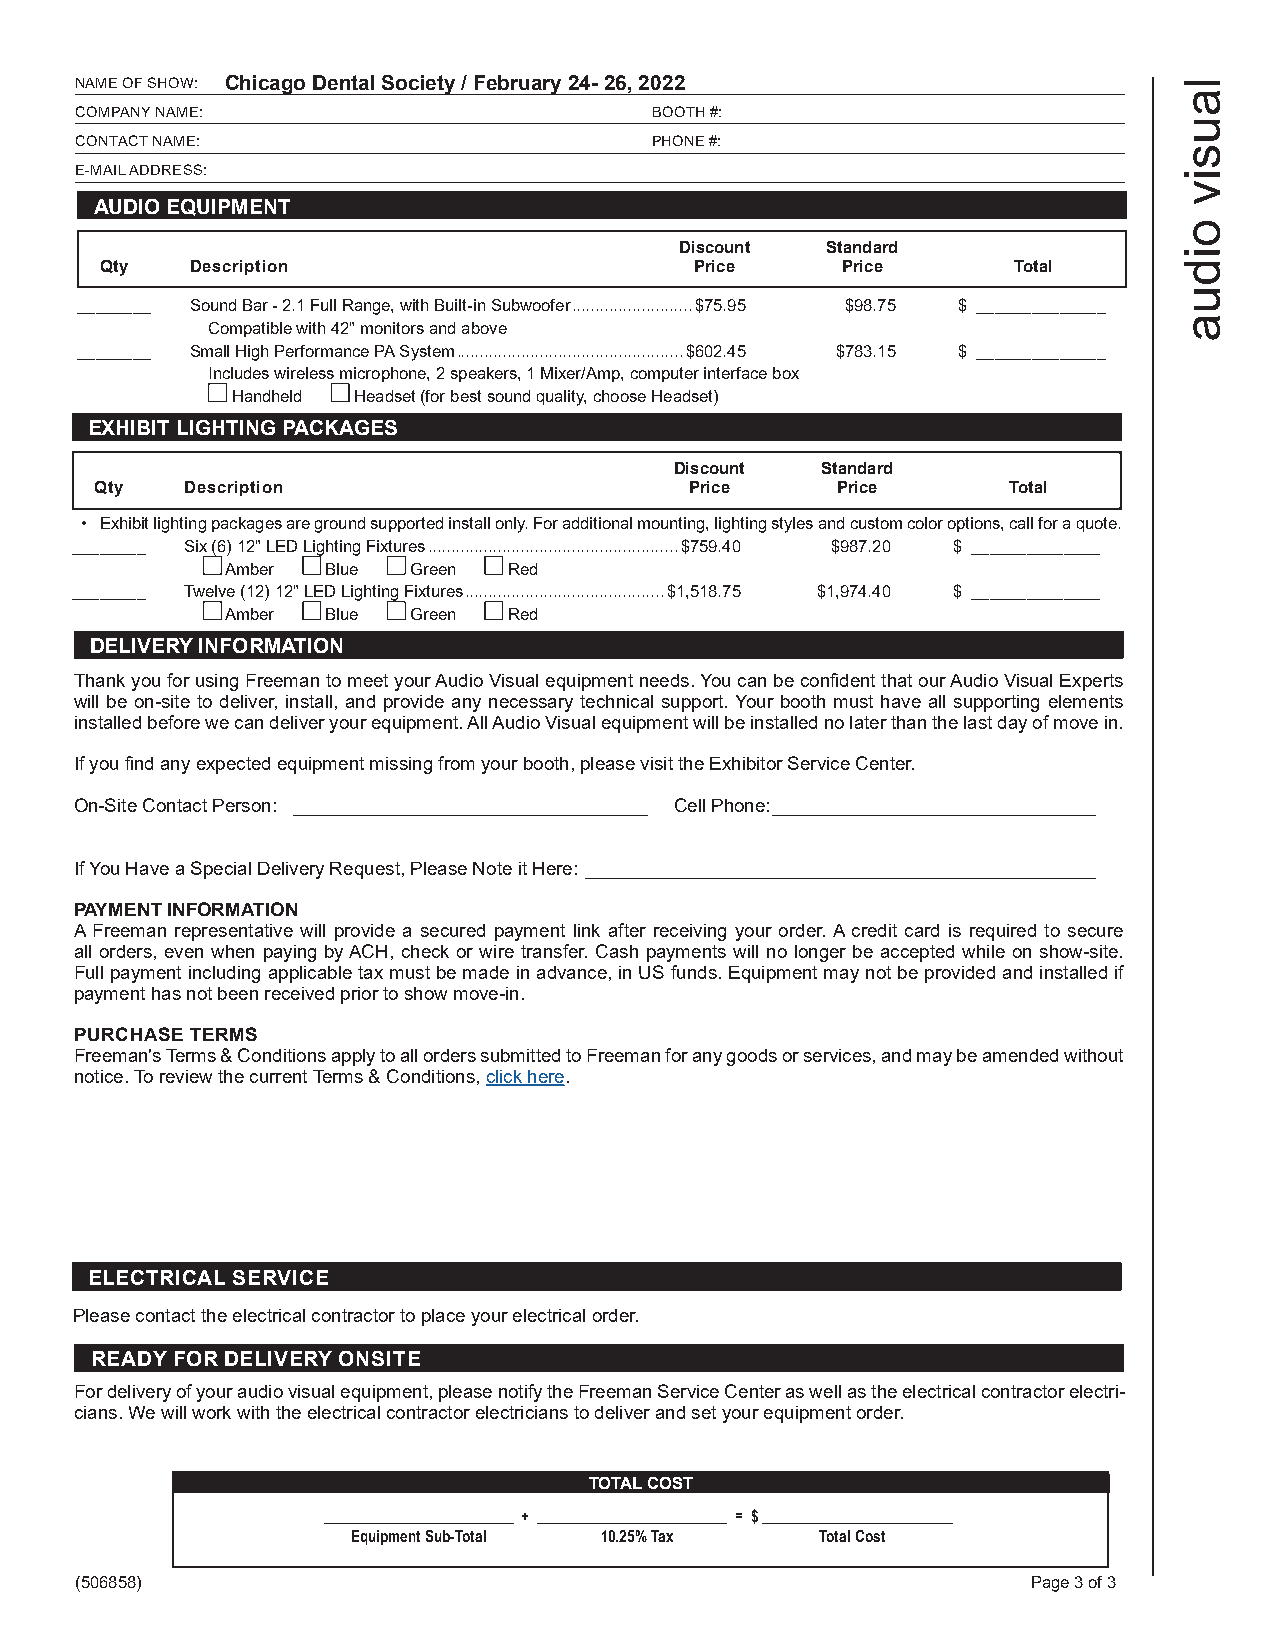
NAME OF SHOW: Chicago Dental Society / February 24- 26, 2022              l
 a
 COMPANY NAME:                         BOOTH #:
 u
 CONTACT NAME:                         PHONE #:
 s
 E-MAIL ADDRESS:                                                           i
 v
 AUDIO EQUIPMENT
 o
 Discount  Standard                i
 Qty   Description                      Price     Price      Total       d
 u
 ________ Sound Bar - 2.1 Full Range, with Built-in Subwoofer ..........................$75.95 $98.75 $ ______________
 a
 Compatible with 42" monitors and above
 ________ Small High Performance PA System .................................................$602.45 $783.15 $ ______________
 Includes wireless microphone, 2 speakers, 1 Mixer/Amp, computer interface box
 Handheld Headset (for best sound quality, choose Headset)
 EXHIBIT LIGHTING PACKAGES
 Discount Standard
 Qty   Description                       Price    Price       Total
 • Exhibit lighting packages are ground supported install only. For additional mounting, lighting styles and custom color options, call for a quote.
 ________ Six (6) 12" LED Lighting Fixtures ......................................................$759.40 $987.20 $ ______________
 Amber  Blue Green  Red
 ________ Twelve (12) 12" LED Lighting Fixtures ...........................................$1,518.75 $1,974.40 $ ______________
 Amber  Blue Green  Red
 DELIVERY INFORMATION
 Thank you for using Freeman to meet your Audio Visual equipment needs. You can be confident that our Audio Visual Experts
 will be on-site to deliver, install, and provide any necessary technical support. Your booth must have all supporting elements
 installed before we can deliver your equipment. All Audio Visual equipment will be installed no later than the last day of move in.
 If you find any expected equipment missing from your booth, please visit the Exhibitor Service Center.
 On-Site Contact Person: __________________________________ Cell Phone: _______________________________
 If You Have a Special Delivery Request, Please Note it Here: _________________________________________________
 PAYMENT INFORMATION
 A Freeman representative will provide a secured payment link after receiving your order. A credit card is required to secure
 all orders, even when paying by ACH, check or wire transfer. Cash payments will no longer be accepted while on show-site.
 Full payment including applicable tax must be made in advance, in US funds. Equipment may not be provided and installed if
 payment has not been received prior to show move-in.
 PURCHASE TERMS
 Freeman's Terms & Conditions apply to all orders submitted to Freeman for any goods or services, and may be amended without
 notice. To review the current Terms & Conditions, click here.
 ELECTRICAL SERVICE
 Please contact the electrical contractor to place your electrical order.
 READY FOR DELIVERY ONSITE
 For delivery of your audio visual equipment, please notify the Freeman Service Center as well as the electrical contractor electri-
 cians. We will work with the electrical contractor electricians to deliver and set your equipment order.
 TOTAL COST
 _________________________ + _________________________ = $ _________________________
 Equipment Sub-Total 10.25% Tax Total Cost
 (506858)                                                       Page 3 of 3